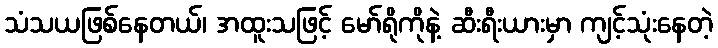
သံသယဖြစ်နေတယ်၊ အထူးသဖြင့် မော်ရိုကိုနဲ့ ဆီးရီးယားမှာ ကျင့်သုံးနေတဲ့